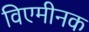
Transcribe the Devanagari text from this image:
विएमीनक